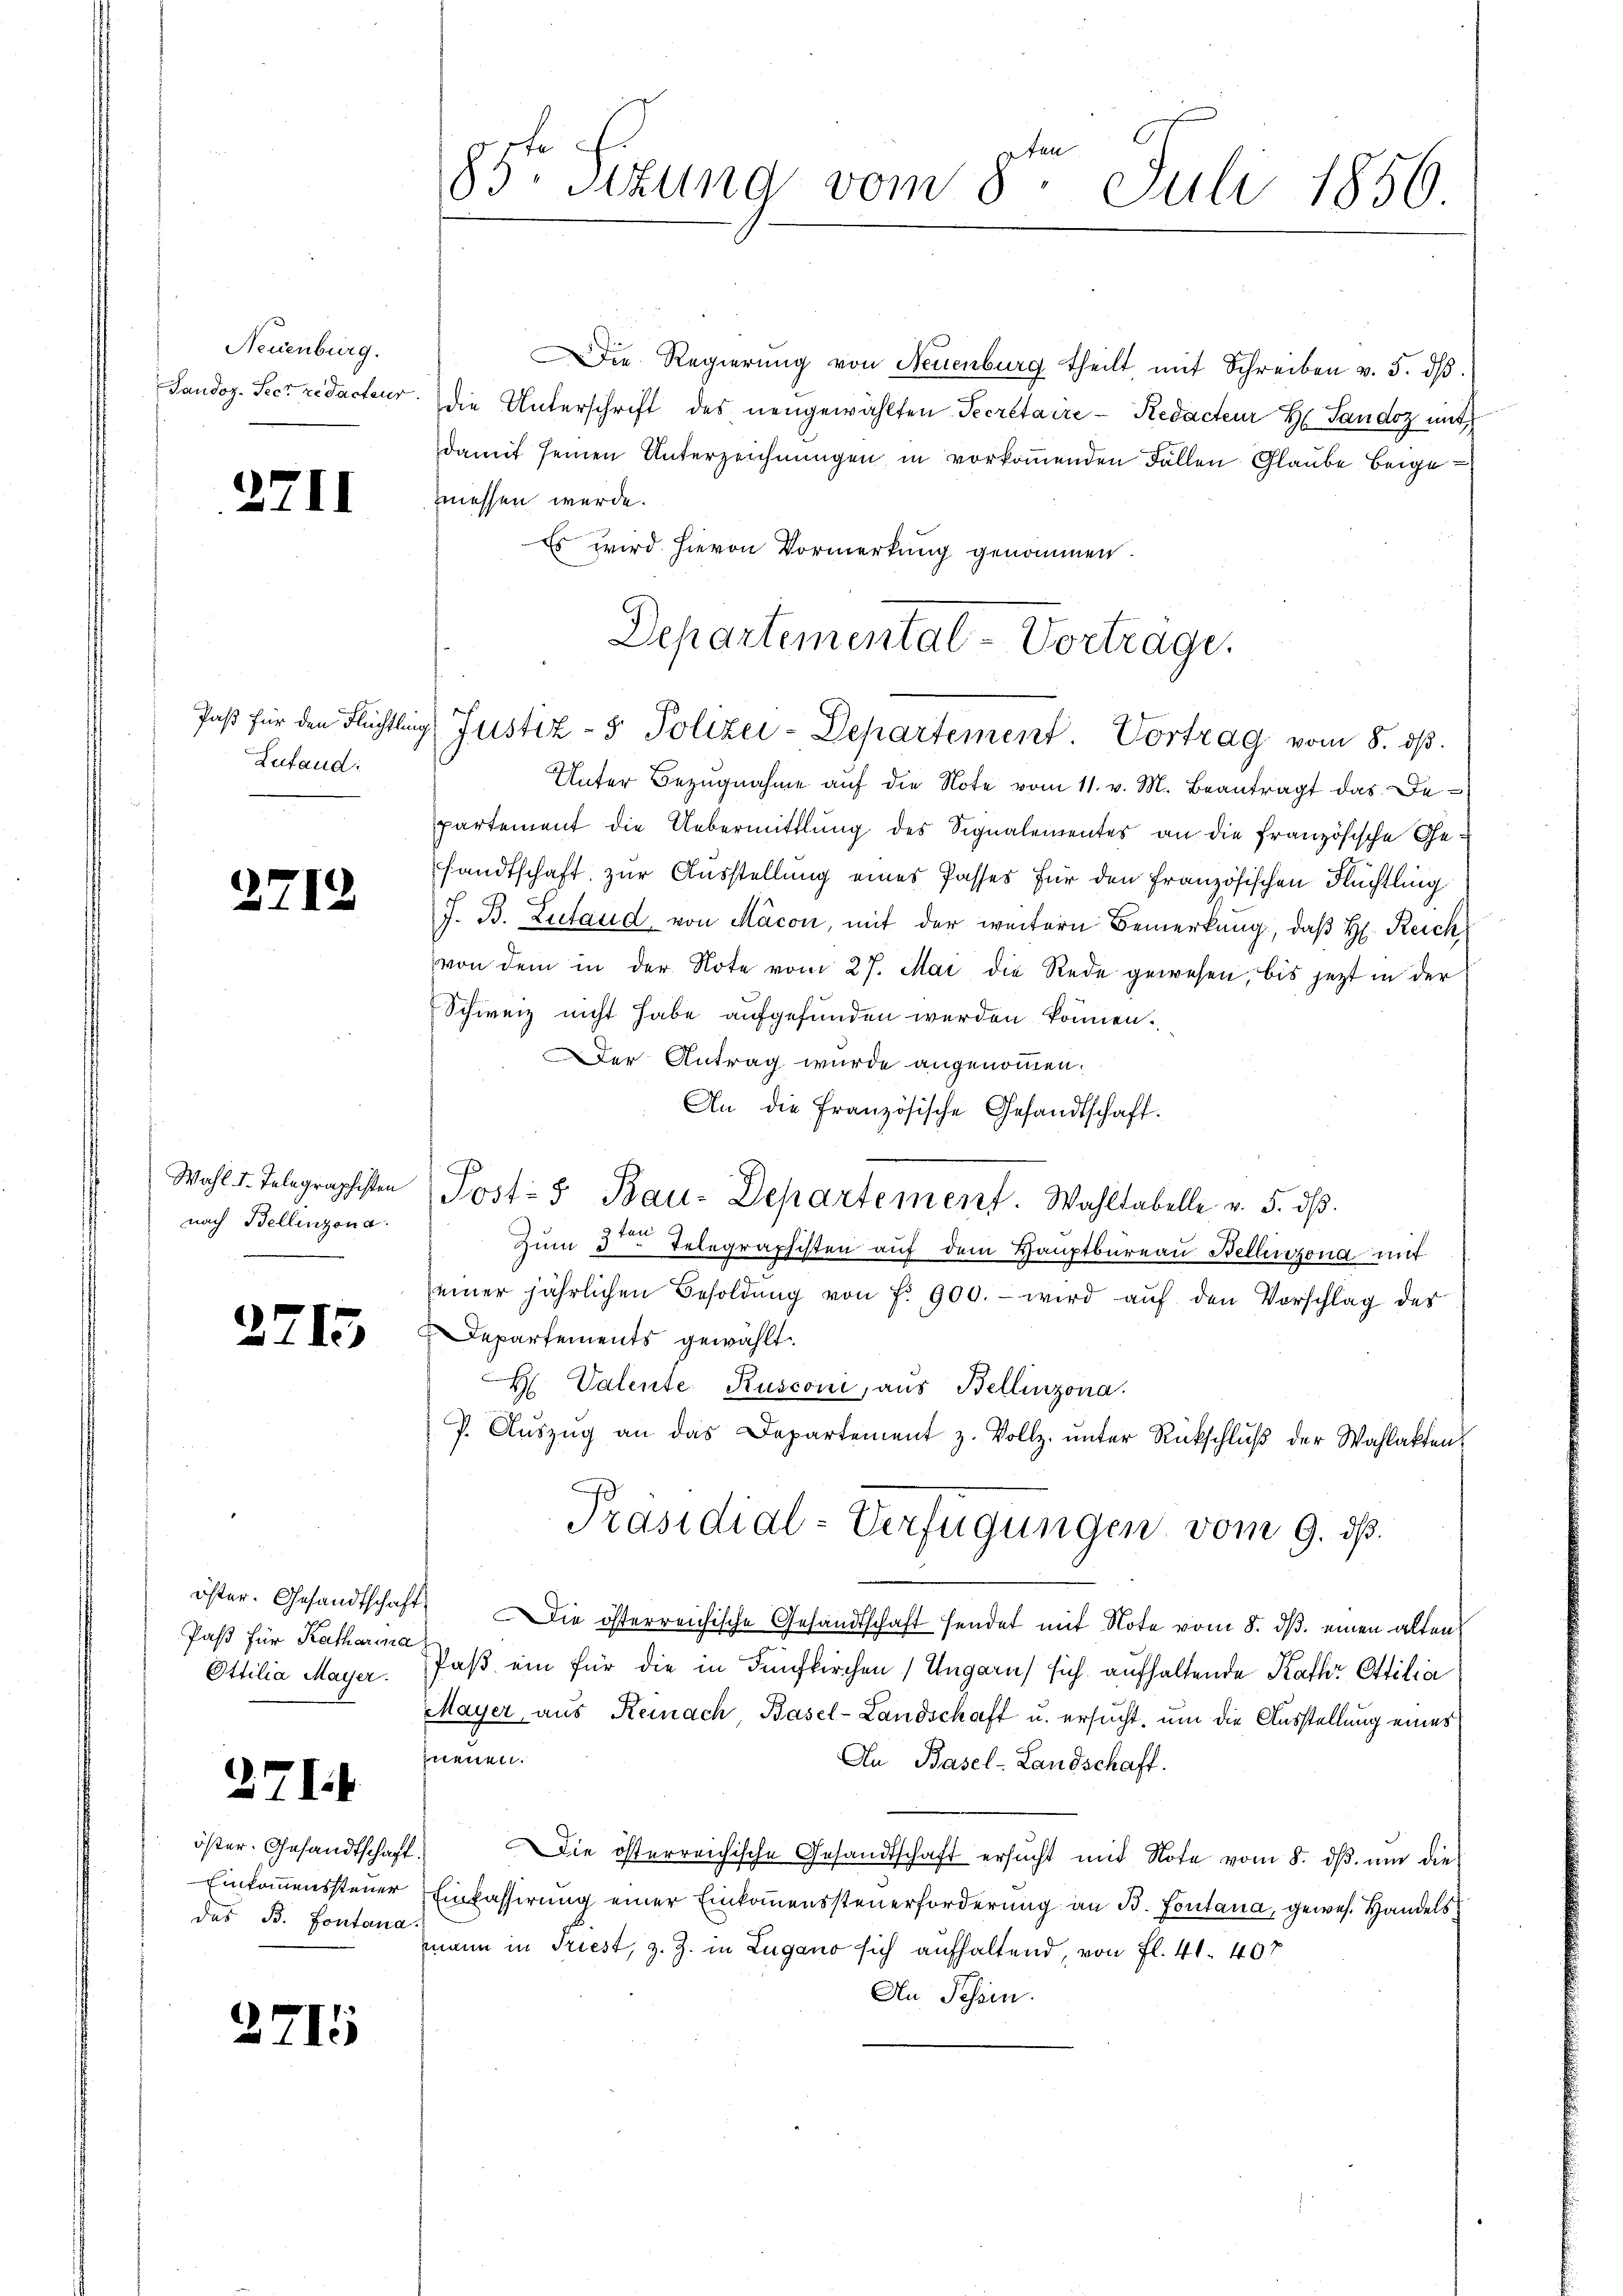
Neuenburg.

2211

2712

.

Zufaud:

Wahl v. Telegraphisten
nach Bellinzona.

2713

Paßt für Katharina
Ottilia Mayer.

7 lit

öster. Gesandtschaft
Einkommenssteuer
des B. Fontana

2715

85. Sezung vom 8ten Juli 1856.

Die Regierŭng von Neuenburg theilt mit Schreiben v. 5. dβ.
Landoz. Secr redacteur die Unterschrift des neugewählten Secretaire - Redacteur H Sandoz mit
damit seinen Unterzeichnungen in vorkommenden Fallen Glaube beigemessen werde.
Es wird hievon Vormerkung genommen.
Unter Bezugnahme auf die Note vom 11. v. M. Beantragt das Bepartement die Uebermittlung des Signalementes an die französische Gesandtschaft zur Ausstellung eines Passes für den französischen Flüchtling
J. B. Lutaud von Mäcon, mit der weitern Bemerkung, daß H. Reich
von dem in der Note vom 27. Mai die Rede gewesen, bis jetzt in der
Schweiz nicht habe aufgefunden werden können.
Der Antrag wurde angenommen.
An die französische Gesandtschaft.
Post- & Bau-Departement. Wahltabelle v. 5. dß.
Zŭm 3. Telegraphisten aŭf dem Hauptbureau Bellinzona mit
einer jährlichen Besoldŭng von f. 900.- wird aŭf den Vorschlag des
Departements gewählt.
H. Valente Rusconi, aus Bellinzona.
P. Aŭszŭg an das Departement z. Vollz. unter Rückschluß der Wahlaktens
Präsidial-Verfügungen vom 9. ds.
öster. Gesandtschaft ie österreichische Gesandtschaft sendet mit Note vom 8. ds. einen altens
Paß ein für die in Fünfkirchen Ungarn) sich aufhaltende Kathr Ottilia
Mayer, aus Reinach, Basel-Landschaft u. ersucht, um die Ausstellung eines
neuen.
An Basel-Landschaft.
2) Die österreichische Gesandtschaft ersŭcht mit Note vom 8. dβ ŭm die
Einfassirung einer Einkommenssteuerforderung an B. Fontana, gewes. Handelsmann in Triest, z. Z. in Lugano sich aufhaltend, von fl. 41. 407
An Tessin.

Departemental-Vortrage.
Paβ für den Flüchtling Justiz- & Polizei-Departement. Vortrag vom 8. dβ.